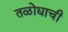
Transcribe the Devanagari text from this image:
तळोद्याची